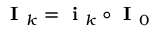
\textbf { I } _ { k } = \textbf { i } _ { k } \circ \textbf { I } _ { 0 }